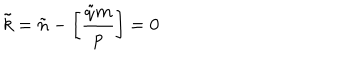
LaTeX: \tilde { k } = \tilde { n } - \left[ { \frac { \tilde { q } m } { p } } \right] = 0